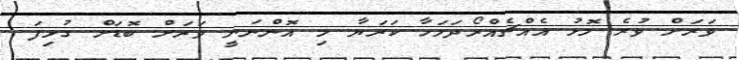
ވަރަށް ވުރެ މޮޅު އެއްޗެއްރޯދަމަހާ ކަރަޔާ މި އޮންނަނީ ވަރަށް ބޮޑަށް ގުޅިފަ